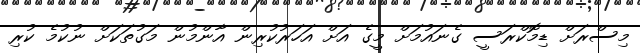
މިސްރަށް ޑިމޮކްރަސީ ގެނައުމަށް މީގެ އަށް އަހަރުކުރިން އާންމުން މަގުތަކަށް ނުކުމެ ކުރި